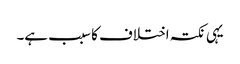
یہی نکتہ اختلاف کا سبب ہے۔